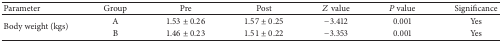
| Parameter | Group | Pre | Post | Z value | P value | Significance |
 | --- | --- | --- | --- | --- | --- | --- |
 | <ROWSPAN=2> Body weight (kgs) | A | 1.53 ± 0.26 | 1.57 ± 0.25 | −3.412 | 0.001 | Yes |
 | B | 1.46 ± 0.23 | 1.51 ± 0.22 | −3.353 | 0.001 | Yes |